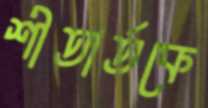
শীতার্তকে